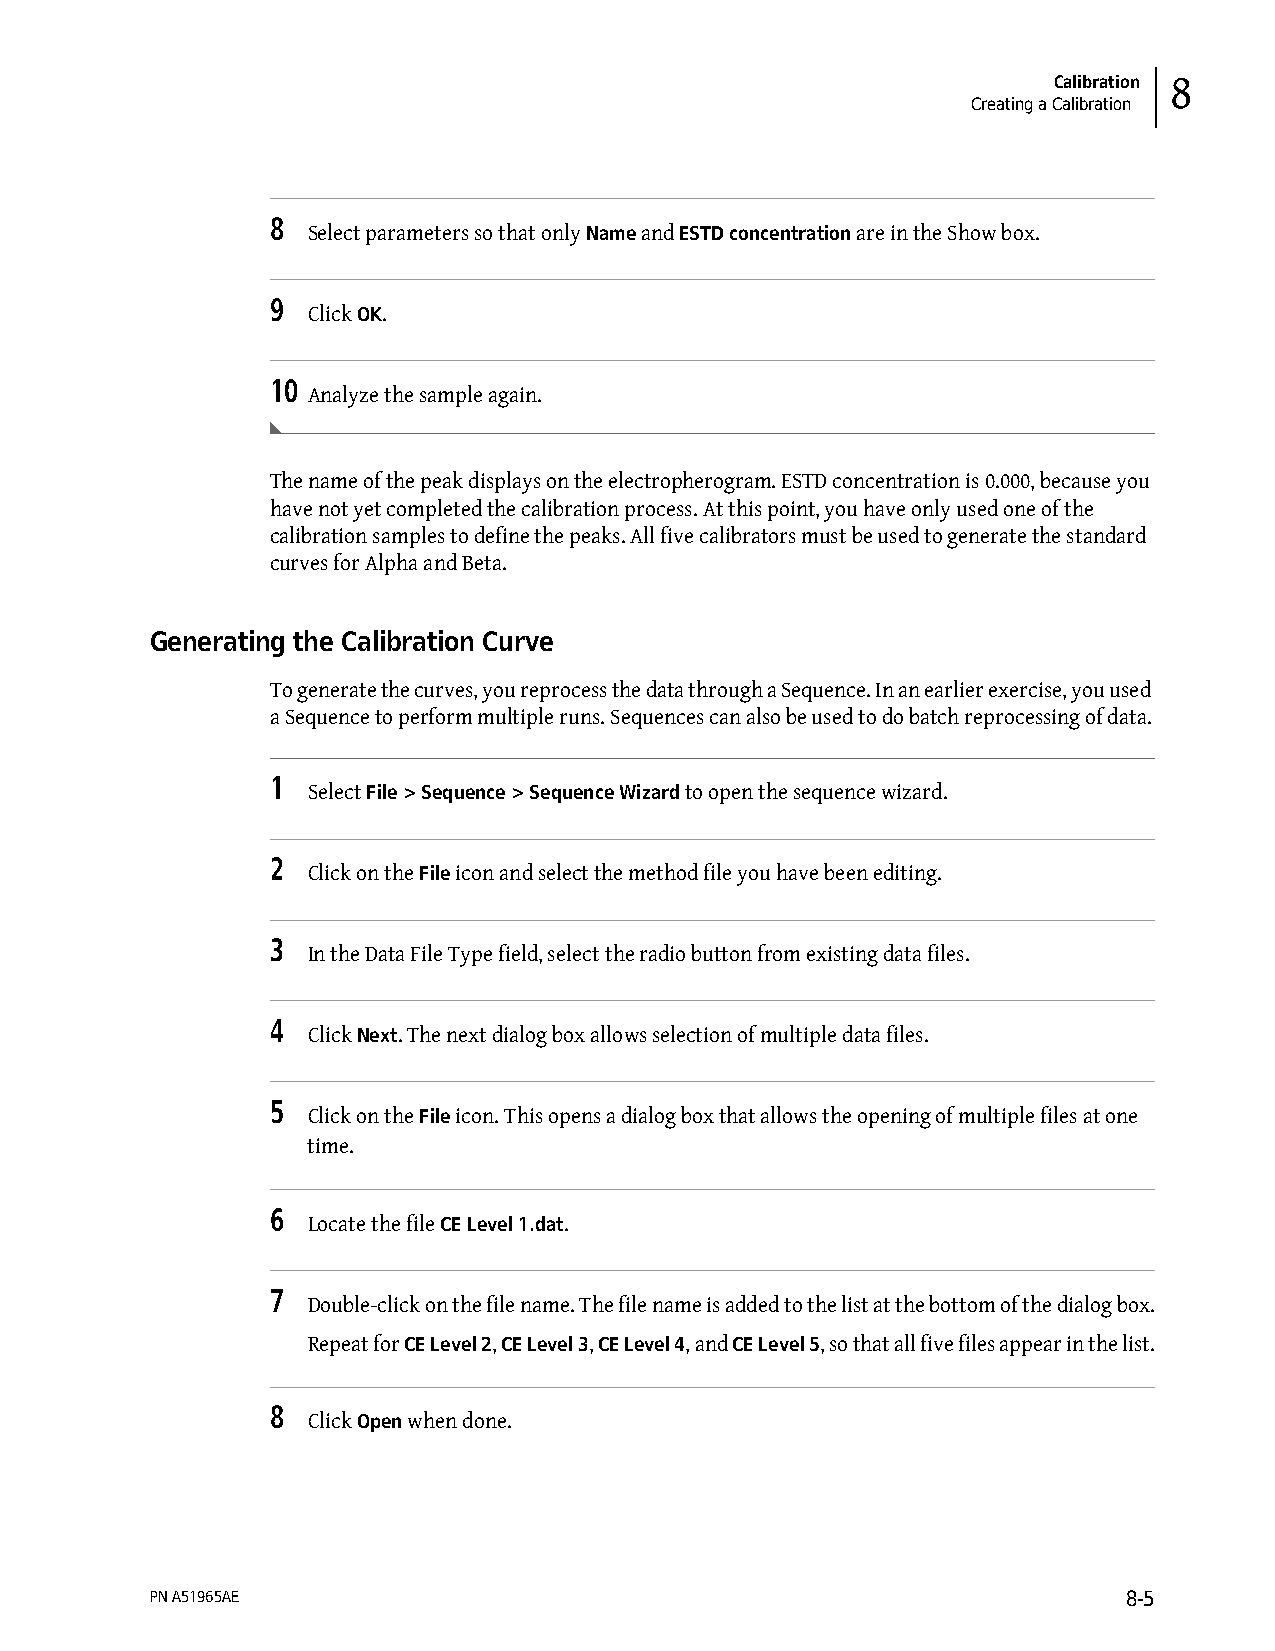
Calibration 8
 Creating a Calibration
 8
 Select parameters so that only Name and ESTD concentration are in the Show box.
 9
 Click OK.
 10
 Analyze the sample again.
 The name of the peak displays on the electropherogram. ESTD concentration is 0.000, because you
 have not yet completed the calibration process. At this point, you have only used one of the
 calibration samples to define the peaks. All five calibrators must be used to generate the standard
 curves for Alpha and Beta.
 Generating the Calibration Curve
 To generate the curves, you reprocess the data through a Sequence. In an earlier exercise, you used
 a Sequence to perform multiple runs. Sequences can also be used to do batch reprocessing of data.
 1
 Select File > Sequence > Sequence Wizard to open the sequence wizard.
 2
 Click on the File icon and select the method file you have been editing.
 3
 In the Data File Type field, select the radio button from existing data files.
 4
 Click Next. The next dialog box allows selection of multiple data files.
 5
 Click on the File icon. This opens a dialog box that allows the opening of multiple files at one
 time.
 6
 Locate the file CE Level 1.dat.
 7
 Double-click on the file name. The file name is added to the list at the bottom of the dialog box.
 Repeat for CE Level 2, CE Level 3, CE Level 4, and CE Level 5, so that all five files appear in the list.
 8
 Click Open when done.
 PN A51965AE                                                      8-5